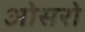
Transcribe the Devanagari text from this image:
ओसरो